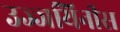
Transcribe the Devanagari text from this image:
उज्जयिनीस